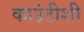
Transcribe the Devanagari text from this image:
काउंटीशी